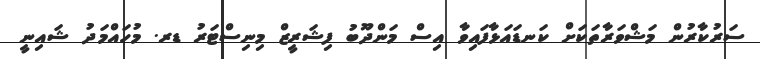
ސަރުކާރުން މަޝްވަރާތަކަށް ކަނޑައަޅާފައިވާ އިސް މަންދޫބު ފިޝަރީޒް މިނިސްޓަރު ޑރ. މުހައްމަދު ޝައިނީ